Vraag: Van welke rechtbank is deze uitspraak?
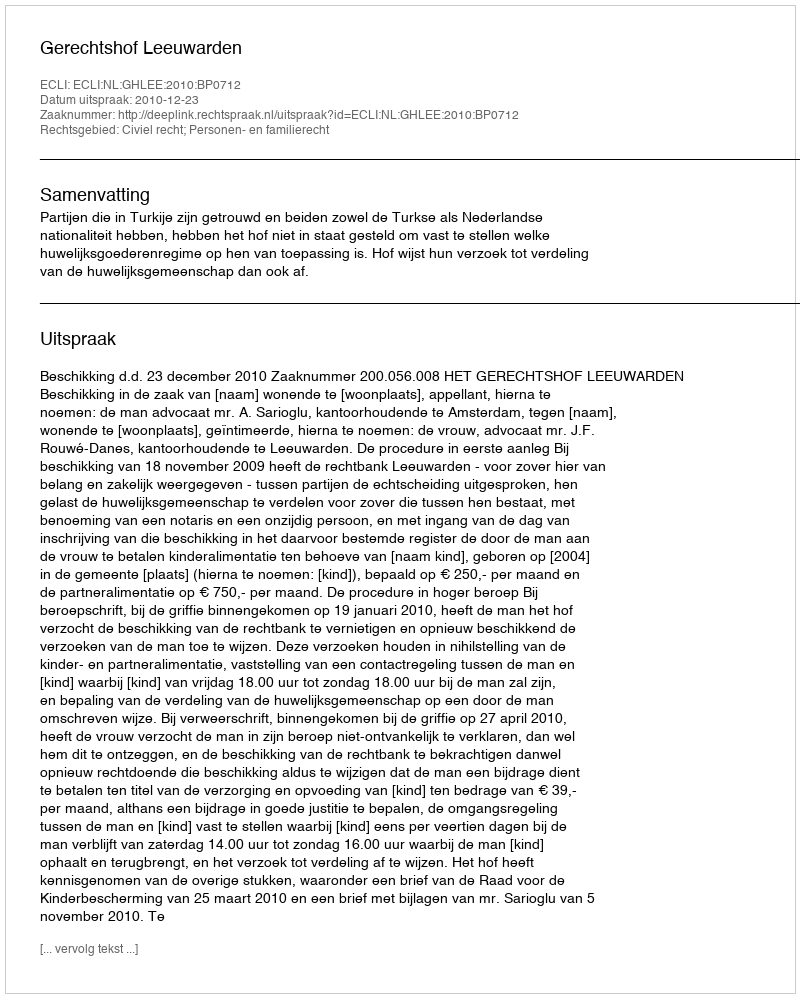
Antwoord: Gerechtshof Leeuwarden